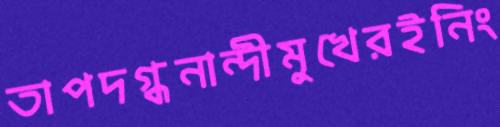
তাপদগ্ধনান্দীমুখেরইনিং